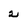
Character: 2